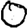
Digit: 0